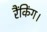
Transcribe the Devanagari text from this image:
रैंकिंग।